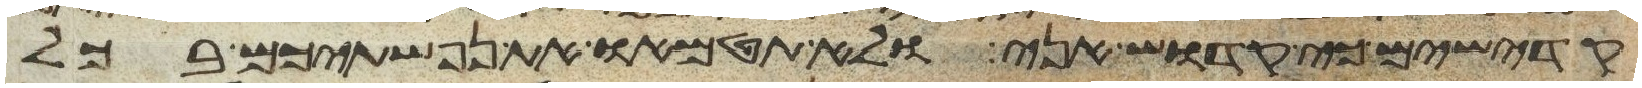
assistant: קדישים כי קדוש אני ולא תטמאו את נפשתיכם בכל